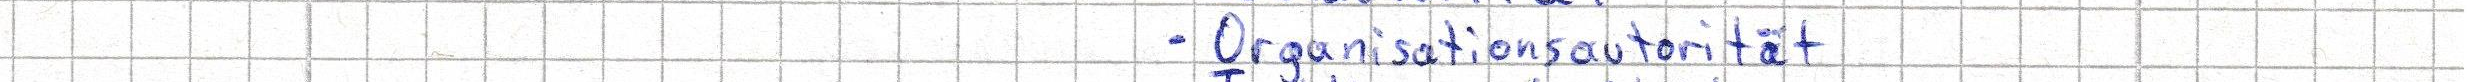
- Organisationsautorität